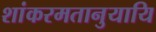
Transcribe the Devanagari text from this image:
शांकरमतानुयायि